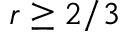
r \geq 2 / 3